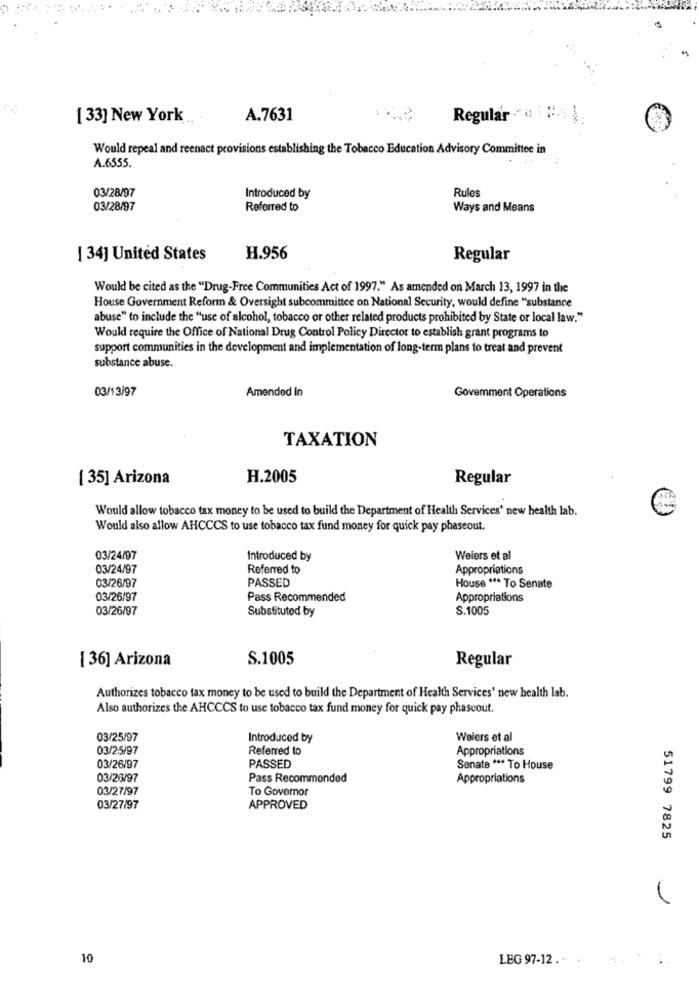
[ 33] New York
A.7631
Regular 0 .. .
Would repeal and reenact provisions establishing the Tobacco Education Advisory Committee in
A.6555.
Rules
03/28/97
Introduced by
03/28/97
Referred to
Ways and Means
[ 34] United States
H.956
Regular
Would be cited as the "Drug-Free Communities Act of 1997." As amended on March 13, 1997 in the
House Government Reform & Oversight subcommittee on National Security, would define "substance
abuse" to include the "use of alcohol, tobacco or other related products prohibited by State or local law."
Would require the Office of National Drug Control Policy Director to establish grant programs to
support communities in the development and implementation of long-term plans to treat and prevent
substance abuse.
03/13/97
Amended in
Govemment Operations
TAXATION
[ 35] Arizona
H.2005
Regular
Would allow tobacco tax money to be used to build the Department of Health Services' new health lab.
Would also allow AHCCCS to use tobacco tax fund money for quick pay phaseout.
03/24/97
Introduced by
Weiers et al
03/24/97
Referred to
Appropriations
PASSED
03/26/97
House *** To Senate
03/26/97
Pass Recommended
Appropriations
03/26/97
Substituted by
S.1005
[ 36] Arizona
S.1005
Regular
Authorizes tobacco tax money to be used to build the Department of Health Services' new health lab.
Also authorizes the AHCCCS to use tobacco tax fund money for quick pay phascout.
03/25/97
Introduced by
Welers et al
03/25/97
Referred to
Appropriations
03/26/97
PASSED
Senate *** To House
03/26/97
Pass Recommended
Appropriations
03/27/97
To Governor
03/27/97
APPROVED
51799 7825
10
LBG 97-12. . .